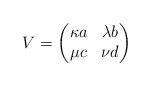
LaTeX: \begin{align*}V=\begin{pmatrix}\kappa a & \lambda b \\\mu c & \nu d\end{pmatrix}\end{align*}